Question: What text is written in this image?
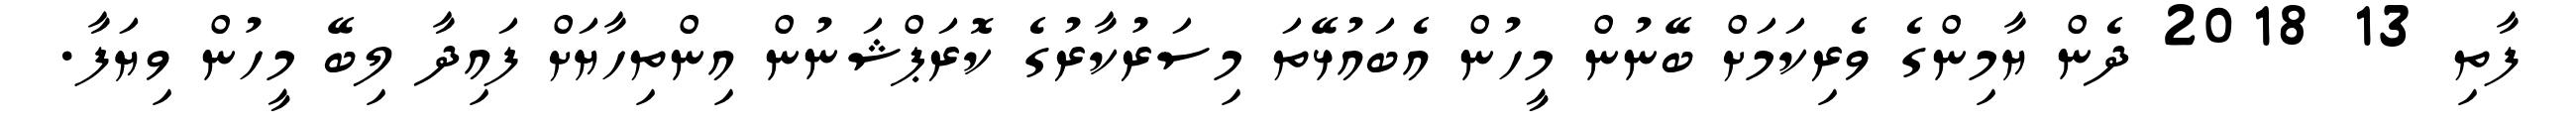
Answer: ފާތި 13 2018 ދެން ޔާމިންގެ ވެރިކަމަށް ބޭނުން މީހުން އެބައުޅޭތަ މިސަރުކާރުގެ ކޮރަޕްޝަނުން އިންތިހާޔަށް ފައިދާ ލިބޭ މީހުން ވިޔަފާ.